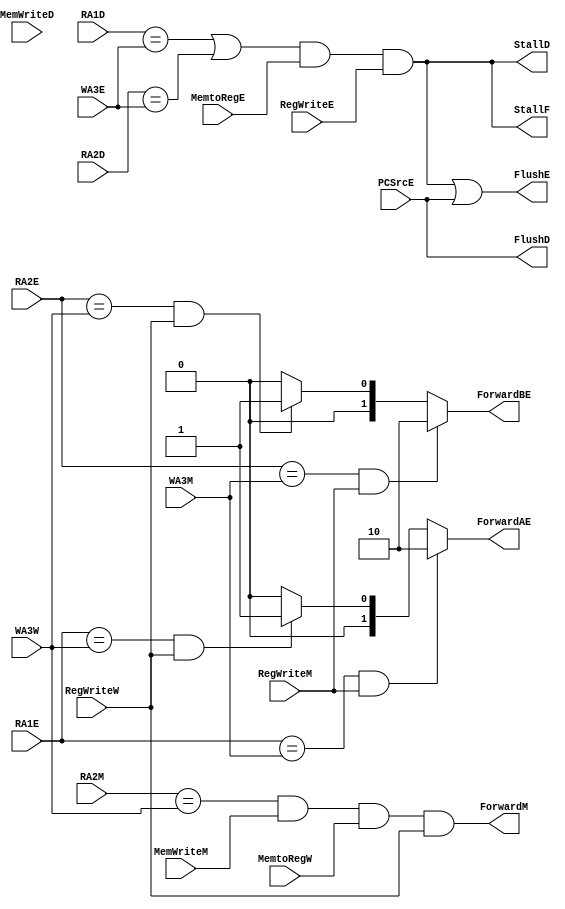
module hazard(
    // Fetch stage
    output StallF,

    // Decode stage
    input [3:0] RA1D,
    input [3:0] RA2D,
    input MemWriteD,
    output StallD,
    output FlushD,
    
    // Execute stage
    input [3:0] RA1E,
    input [3:0] RA2E,
    input [3:0] WA3E,
    input MemtoRegE,
    input PCSrcE,
    input RegWriteE, 
    output [1:0] ForwardAE,
    output [1:0] ForwardBE,
    output FlushE,

    // MEM stage
    input [3:0] WA3M, 
    input [3:0] RA2M,
    input RegWriteM,
    input MemWriteM,
    output ForwardM,

    // Write-back stage
    input [3:0] WA3W,
    input RegWriteW,
    input MemtoRegW
);

    wire Match_1D_E, Match_2D_E;
    wire Match_1D_M, Match_2D_M;
    wire Match_1E_M, Match_2E_M;
    wire Match_1E_W, Match_2E_W;
    wire FlushE1, FlushE2;
    wire LDRstall;

    assign Match_1D_E = (RA1D == WA3E);
    assign Match_2D_E = (RA2D == WA3E);
    assign Match_1D_M = (RA1D == WA3M);
    assign Match_2D_M = (RA2D == WA3M);
    assign Match_1E_M = (RA1E == WA3M);
    assign Match_2E_M = (RA2E == WA3M);
    assign Match_1E_W = (RA1E == WA3W);
    assign Match_2E_W = (RA2E == WA3W);

    // I. Data forward
    // I.1. DP-DP
    assign ForwardAE = (Match_1E_M && RegWriteM) ? 2'b10 : 
                       ((Match_1E_W && RegWriteW) ? 2'b01 : 2'b00);
    assign ForwardBE = (Match_2E_M && RegWriteM) ? 2'b10 : 
                       ((Match_2E_W && RegWriteW) ? 2'b01 : 2'b00);
    // I.2. MEM-MEM (LDR->STR, The stored content is just loaded from Mem)
    assign ForwardM =  (RA2M == WA3W) & MemWriteM & MemtoRegW & RegWriteW;

    // Stall
    // Current only support one-cycle stall, for MUL/DIV or cache, there are chances to stall for multiple cycles
    assign LDRstall = (Match_1D_E || Match_2D_E) & MemtoRegE & RegWriteE; // write back value is the operand of the next instruction
    assign StallF = LDRstall;
    assign StallD = LDRstall;
    assign FlushE1 = LDRstall;
    
    // Flush
    assign FlushD = PCSrcE;
    assign FlushE2 = PCSrcE;

    assign FlushE = FlushE1 || FlushE2;

endmodule